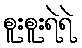
စူးစူးရဲရဲ